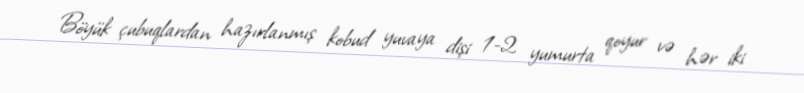
Böyük çubuqlardan hazırlanmış kobud yuvaya dişi 1-2 yumurta qoyur və hər iki